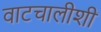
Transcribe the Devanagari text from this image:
वाटचालीशी